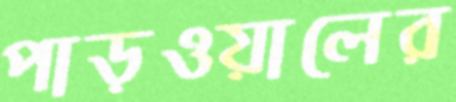
পাড়ওয়ালের